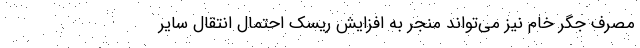
مصرف جگر خام نیز می‌تواند منجر به افزایش ریسک احتمال انتقال سایر